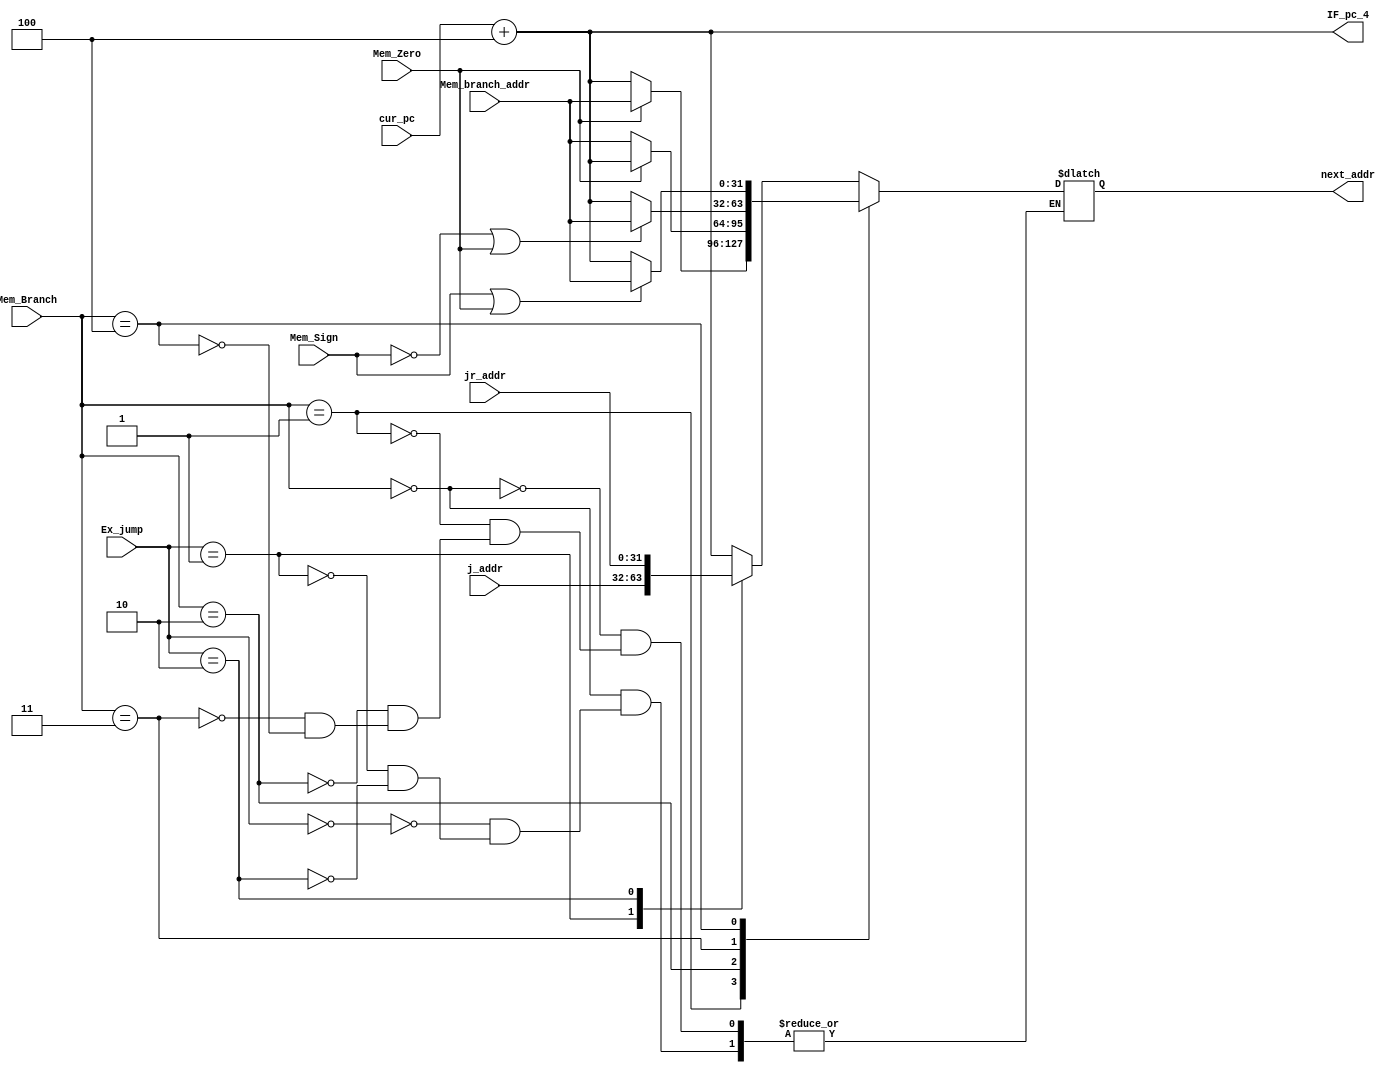
module NPC(
    input [31:0] cur_pc, Mem_branch_addr, jr_addr, j_addr,
    input Mem_Zero, Mem_Sign,
    input [2:0] Mem_Branch,
    input [1:0] Ex_jump,

    output [31:0] IF_pc_4,
    output reg [31:0] next_addr
);
    parameter NOT_BRANCH = 3'b000;//not branch
    parameter BEQ = 3'b001;//beq
    parameter BNE = 3'b010;//bne
    parameter BGEZ = 3'b011;//bgez
    parameter BLEZ = 3'b100;//blez

    assign IF_pc_4 = cur_pc + 4;

    always @(*)
        begin
            case (Mem_Branch)
                NOT_BRANCH:
                    case (Ex_jump)
                        2'b00: next_addr <= IF_pc_4;//not jump
                        2'b01: next_addr <= j_addr;//j or jal
                        2'b10: next_addr <= jr_addr;//jr
                    endcase
                BEQ:
                    if (Mem_Zero)               next_addr <= Mem_branch_addr;
                    else                        next_addr <= IF_pc_4;
                BNE:
                    if (~Mem_Zero)              next_addr <= Mem_branch_addr;
                    else                        next_addr <= IF_pc_4;
                BGEZ:
                    if (~Mem_Sign || Mem_Zero)  next_addr <= Mem_branch_addr;
                    else                        next_addr <= IF_pc_4;
                BLEZ:
                    if (Mem_Sign || Mem_Zero)   next_addr <= Mem_branch_addr;
                    else                        next_addr <= IF_pc_4;
            endcase
        end
        
endmodule